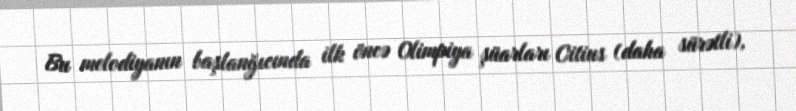
Bu melodiyanın başlanğıcında ilk öncə Olimpiya şüarları Citius (daha sürətli),